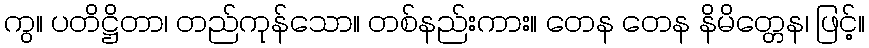
ကွ။ ပတိဋ္ဌိတာ၊ တည်ကုန်သော။ တစ်နည်းကား။ တေန တေန နိမိတ္တေန၊ ဖြင့်။